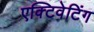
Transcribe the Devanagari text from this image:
एक्टिवेटिंग